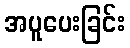
အပူပေးခြင်း